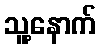
သူ့နောက်